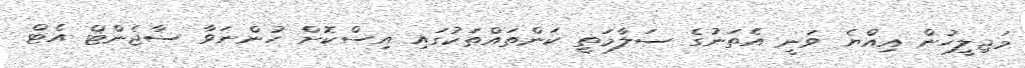
މަޖިލީހުން އިއްޔެ ވަނީ އެތަނުގެ ސަލާމަތީ ކަންތައްތަކުގައި އިސްކޮށް ހުންނަވާ ސާޖެންޓް އެޓް